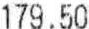
179.50